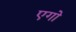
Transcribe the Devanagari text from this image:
एगो